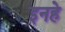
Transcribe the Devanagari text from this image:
इनहे